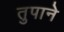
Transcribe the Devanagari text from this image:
तुपाने